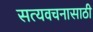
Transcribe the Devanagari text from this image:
सत्यवचनासाठी